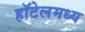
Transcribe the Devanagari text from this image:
हॉटेलमध्य